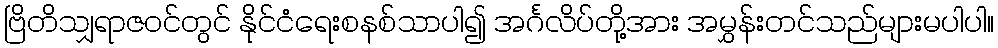
ဗြိတိသျှရာဇဝင်တွင် နိုင်ငံရေးစနစ်သာပါ၍ အင်္ဂလိပ်တို့အား အမွှန်းတင်သည်များမပါပါ။